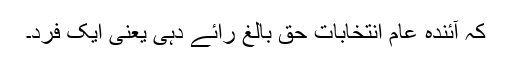
کہ آئندہ عام انتخابات حقِ بالغ رائے دہی یعنی ایک فرد۔